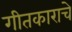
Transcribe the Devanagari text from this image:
गीतकाराचे